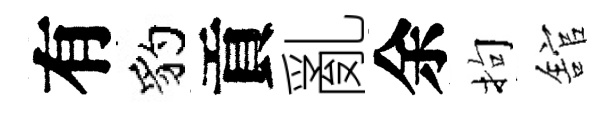
有豹貢亂余拘舘